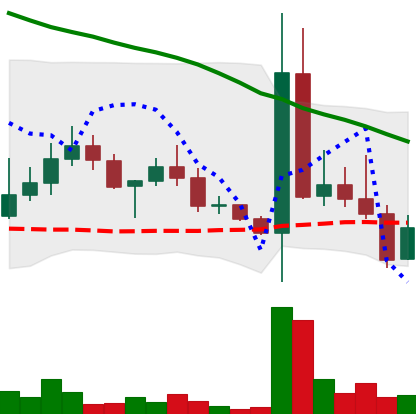
Ticker: DOGE-USD
Chart end date: 2022-05-01
Forward return: -3.669%
Label: down_3_5